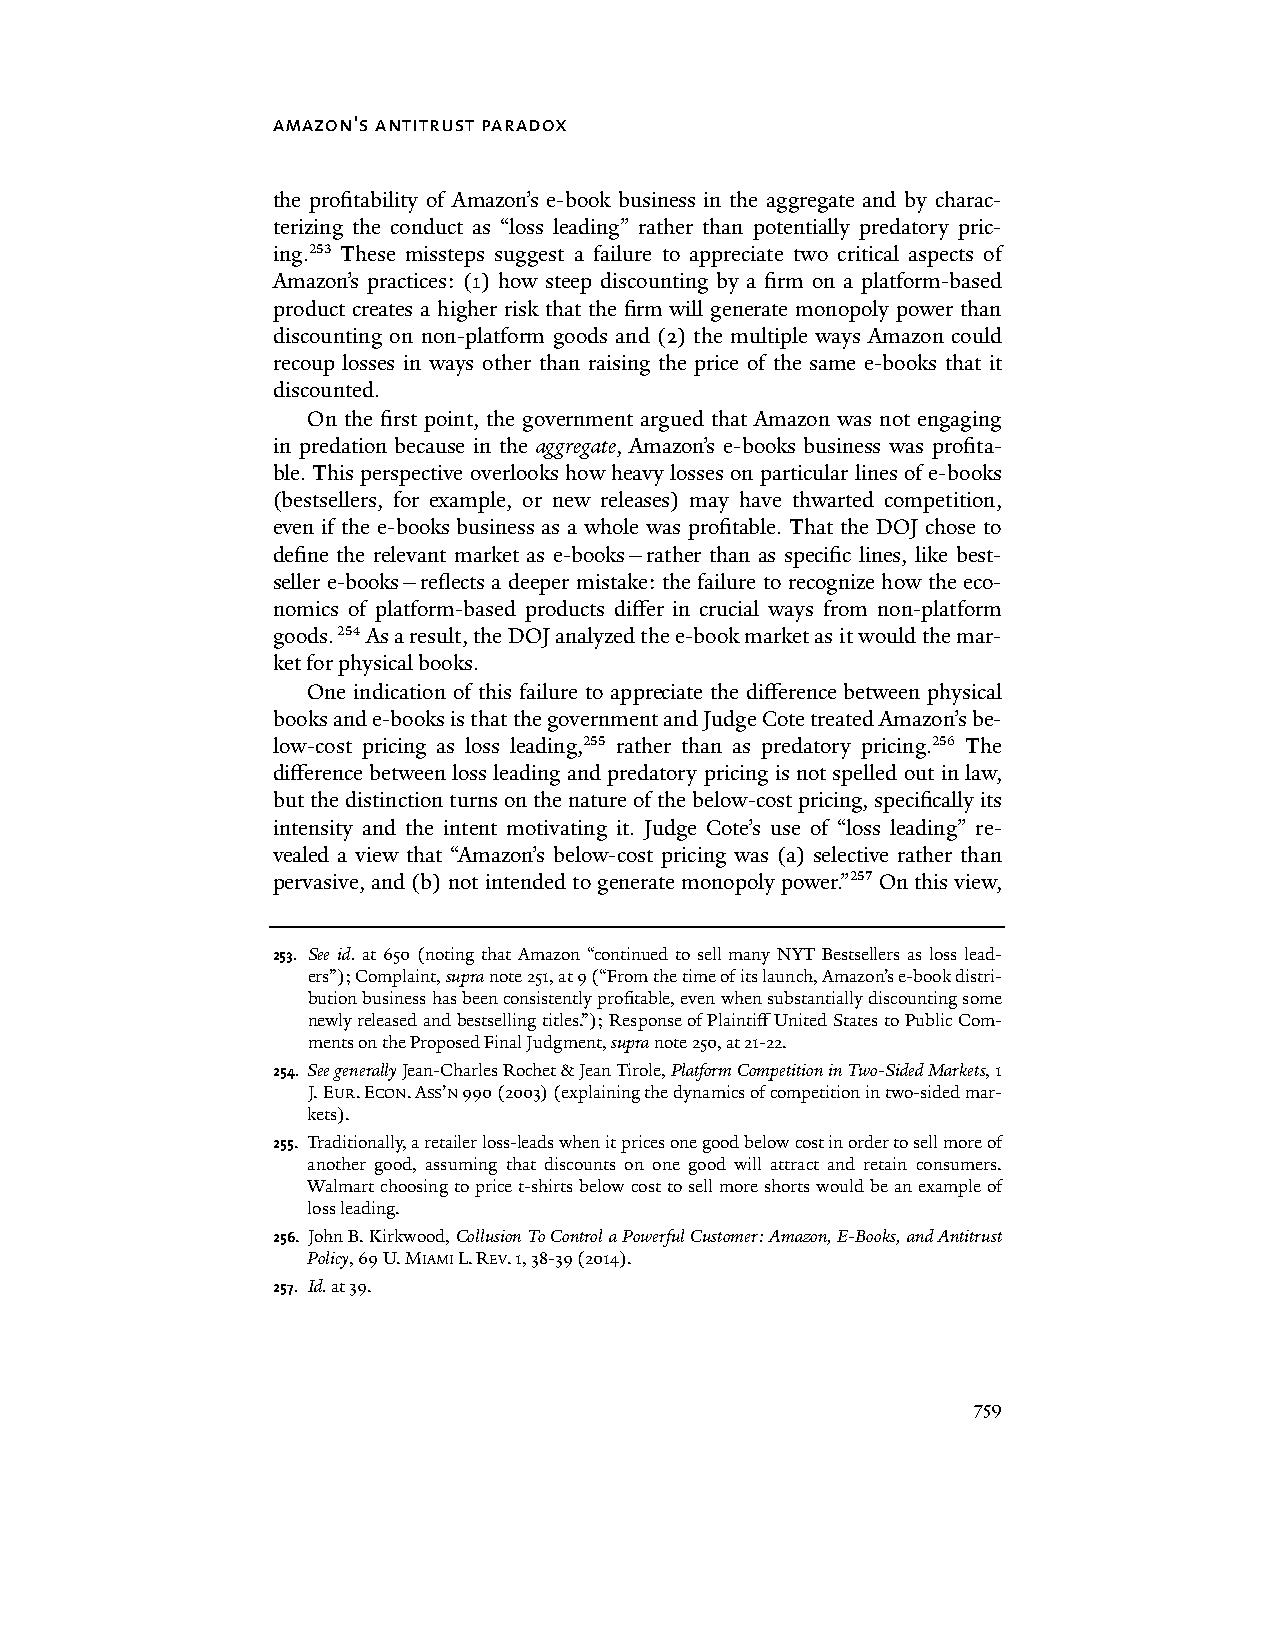
amazon's antitrust paradox
 the profitability of Amazon’s e-book business in the aggregate and by charac-
 terizing the conduct as “loss leading” rather than potentially predatory pric-
 ing.253 These missteps suggest a failure to appreciate two critical aspects of
 Amazon’s practices: (1) how steep discounting by a firm on a platform-based
 product creates a higher risk that the firm will generate monopoly power than
 discounting on non-platform goods and (2) the multiple ways Amazon could
 recoup losses in ways other than raising the price of the same e-books that it
 discounted.
 On the first point, the government argued that Amazon was not engaging
 in predation because in the aggregate, Amazon’s e-books business was profita-
 ble. This perspective overlooks how heavy losses on particular lines of e-books
 (bestsellers, for example, or new releases) may have thwarted competition,
 even if the e-books business as a whole was profitable. That the DOJ chose to
 define the relevant market as e-books—rather than as specific lines, like best-
 seller e-books—reflects a deeper mistake: the failure to recognize how the eco-
 nomics of platform-based products differ in crucial ways from non-platform
 goods. 254 As a result, the DOJ analyzed the e-book market as it would the mar-
 ket for physical books.
 One indication of this failure to appreciate the difference between physical
 books and e-books is that the government and Judge Cote treated Amazon’s be-
 low-cost pricing as loss leading,255 rather than as predatory pricing.256 The
 difference between loss leading and predatory pricing is not spelled out in law,
 but the distinction turns on the nature of the below-cost pricing, specifically its
 intensity and the intent motivating it. Judge Cote’s use of “loss leading” re-
 vealed a view that “Amazon’s below-cost pricing was (a) selective rather than
 pervasive, and (b) not intended to generate monopoly power.”257 On this view,
 253. See id. at 650 (noting that Amazon “continued to sell many NYT Bestsellers as loss lead-
 ers”); Complaint, supra note 251, at 9 (“From the time of its launch, Amazon’s e-book distri-
 bution business has been consistently profitable, even when substantially discounting some
 newly released and bestselling titles.”); Response of Plaintiff United States to Public Com-
 ments on the Proposed Final Judgment, supra note 250, at 21-22.
 254. See generally Jean-Charles Rochet & Jean Tirole, Platform Competition in Two-Sided Markets, 1
 J. EUR. ECON. ASS’N 990 (2003) (explaining the dynamics of competition in two-sided mar-
 kets).
 255. Traditionally, a retailer loss-leads when it prices one good below cost in order to sell more of
 another good, assuming that discounts on one good will attract and retain consumers.
 Walmart choosing to price t-shirts below cost to sell more shorts would be an example of
 loss leading.
 256. John B. Kirkwood, Collusion To Control a Powerful Customer: Amazon, E-Books, and Antitrust
 Policy, 69 U. MIAMI L. REV. 1, 38-39 (2014).
 257. Id. at 39.
 759